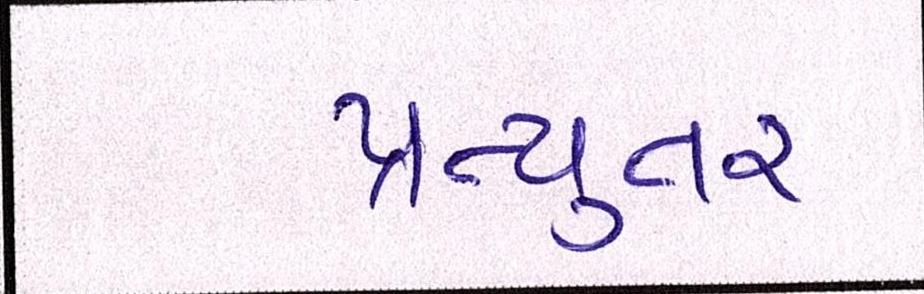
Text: પ્રત્યુતર